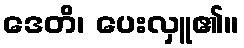
ဒေတိ၊ ပေးလှူ၏။